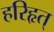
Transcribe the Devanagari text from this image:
हरिहृत्